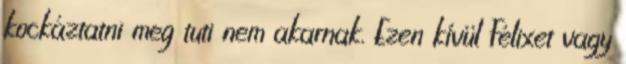
kockáztatni meg tuti nem akarnak. Ezen kívül Félixet vagy